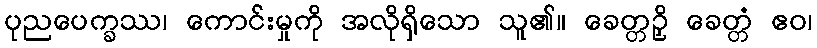
ပုညပေက္ခဿ၊ ကောင်းမှုကို အလိုရှိသော သူ၏။ ခေတ္တဉှိ ခေတ္တံ ဧဝ၊